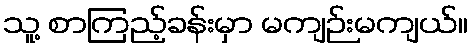
သူ့ စာကြည့်ခန်းမှာ မကျဉ်းမကျယ်။